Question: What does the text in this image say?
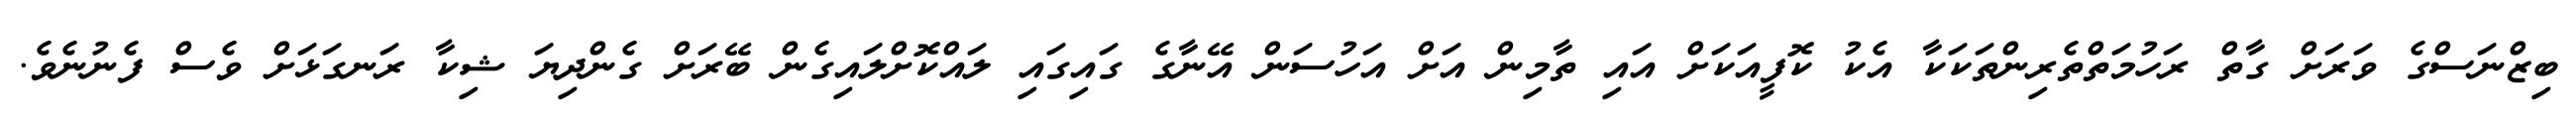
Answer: ބިޒްނަސްގެ ވަރަށް ގާތް ރަހުމަތްތެރިންތަކަކާ އެކު ކޮފީއަކަށް އައި ތާމިން އަށް އަހުސަން އޭނާގެ ގައިގައި ލައްކޮށްލައިގެން ބޭރަށް ގެންދިޔަ ޝިކާ ރަނގަޅަށް ވެސް ފެނުނެވެ.